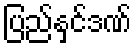
ပြည်နှင်ဒဏ်